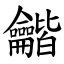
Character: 龤